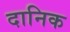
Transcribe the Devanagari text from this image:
दानिक